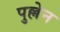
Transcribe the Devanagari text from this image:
पुल्लेन